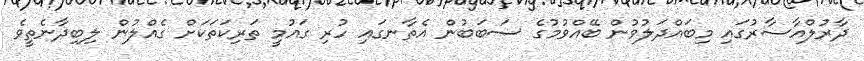
ދާރުލްއާސާރުގައި މިބައްދަލުވުން ބޭއްވުމުގެ ސަބަބުން އެތާނގައި ހުރި ގައުމީ ތަރިކަތަކަށް ގެއްލުން ލިބިދާނެތީވެ